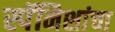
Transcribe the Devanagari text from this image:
स्पॅनिशांचा